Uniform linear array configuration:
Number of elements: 48
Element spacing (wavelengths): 0.5
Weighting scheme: blackman
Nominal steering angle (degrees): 15
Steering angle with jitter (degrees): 14.872
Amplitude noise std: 0.05
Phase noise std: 0.05

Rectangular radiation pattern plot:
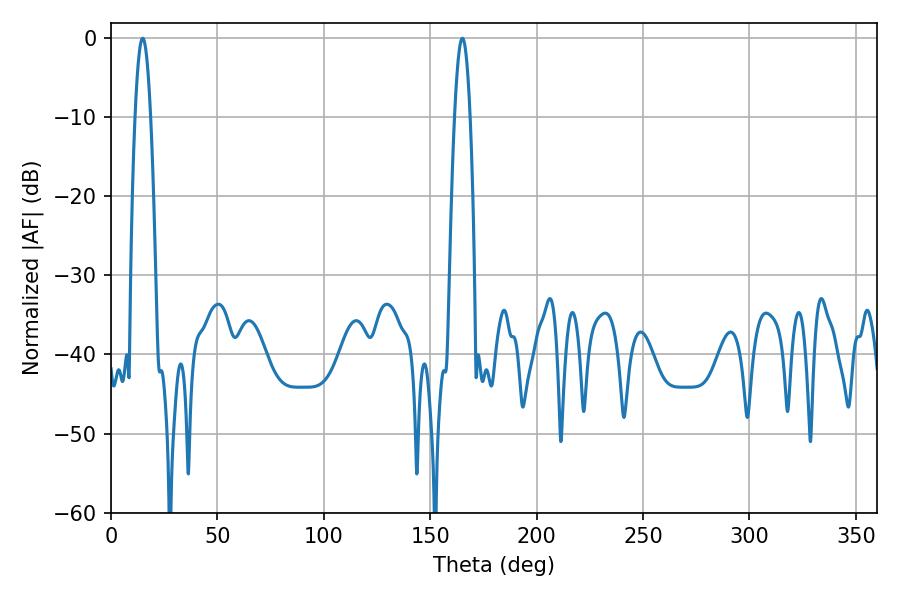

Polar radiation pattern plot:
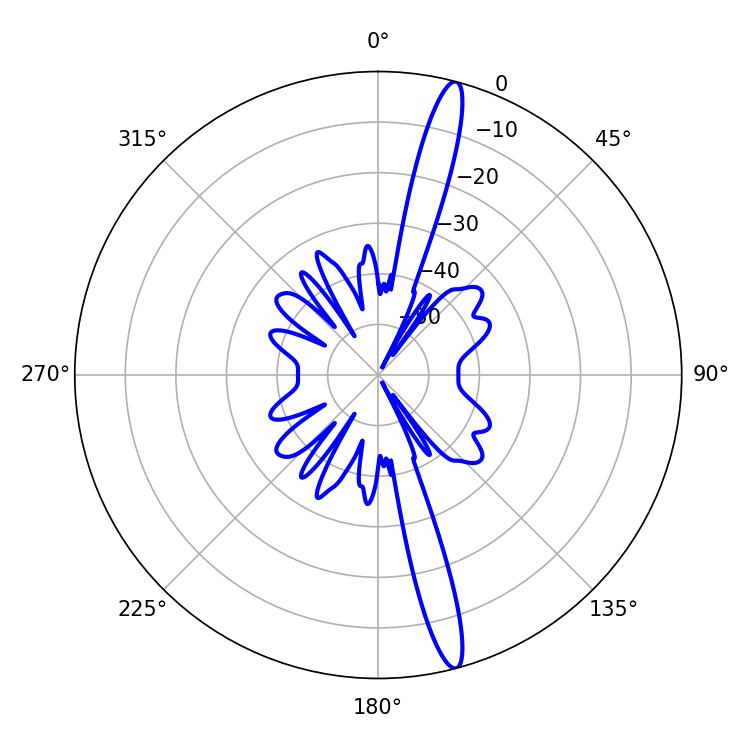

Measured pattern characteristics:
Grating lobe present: FALSE
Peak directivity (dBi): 17.082
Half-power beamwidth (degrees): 3.96
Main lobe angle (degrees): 14.94